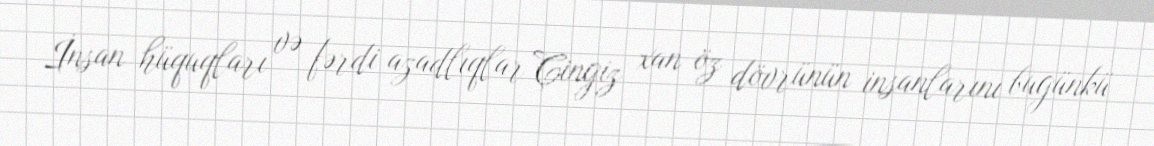
İnsan hüquqları və fərdi azadlıqlar Çingiz xan öz dövrünün insanlarını bugünkü